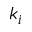
k _ { i }